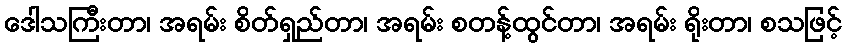
ဒေါသကြီးတာ၊ အရမ်း စိတ်ရှည်တာ၊ အရမ်း စတန့်ထွင်တာ၊ အရမ်း ရိုးတာ၊ စသဖြင့်